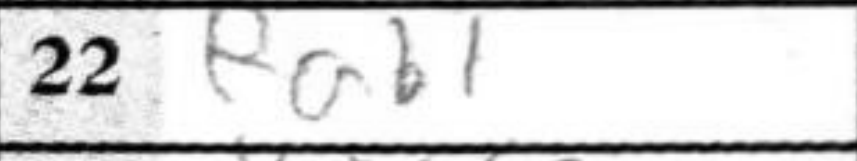
Transcription: Rab1